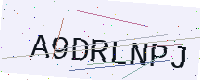
Text: A9DRLNPJ